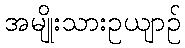
အမျိုးသားဥယျာဉ်